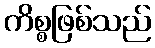
ကိစ္စဖြစ်သည်